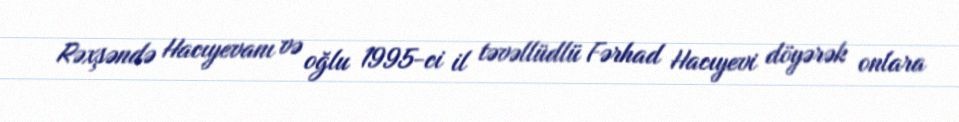
Rəxşəndə Hacıyevanı və oğlu 1995-ci il təvəllüdlü Fərhad Hacıyevi döyərək onlara